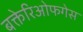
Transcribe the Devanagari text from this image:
बक्तेरिओफगेस